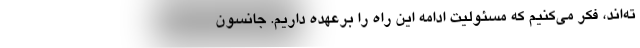
ته‌اند، فکر می‌کنیم که مسئولیت ادامه این راه را برعهده داریم. جانسون